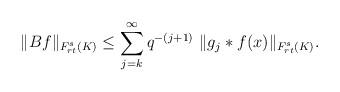
LaTeX: \begin{align*}\|Bf\|_{F_{r t}^s(K)} \leq \sum_{j = k }^{\infty } q^{-(j+1)}~ \|g_j \ast f(x) \|_{F_{r t}^s(K)}.\end{align*}